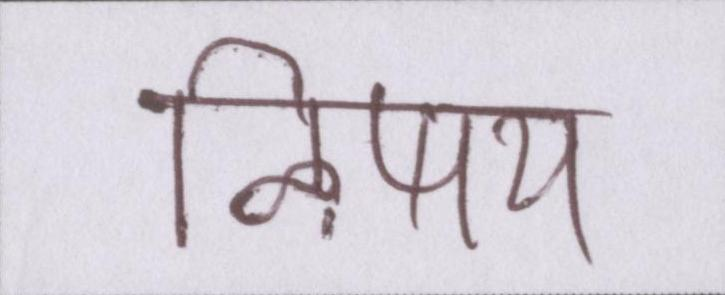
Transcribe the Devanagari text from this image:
ऴिषय